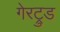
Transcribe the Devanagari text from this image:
गेरट्रुड